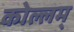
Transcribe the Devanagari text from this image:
कोल्लम्‌